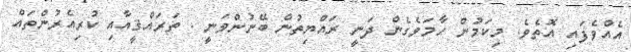
އެއްވެފައި އޮތެވެ. މިކަމުން ހާމަވެގެން ދަނީ ރައްޔިތުން ބޭނުންވަނީ . ތަރައްޤީއާއި ކުރިއެރުންތައް